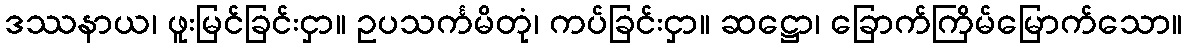
ဒဿနာယ၊ ဖူးမြင်ခြင်းငှာ။ ဥပသင်္ကမိတုံ၊ ကပ်ခြင်းငှာ။ ဆဋ္ဌော၊ ခြောက်ကြိမ်မြောက်သော။